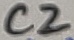
Text: C2